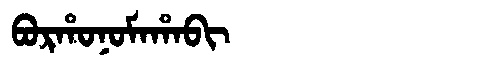
Manchu: ᠪᠣᡵᡥᠣᠨᠣᠮᠠᡥᠠᠪᡳ
Romanization: BORHONOMAHABI